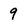
Character: 9